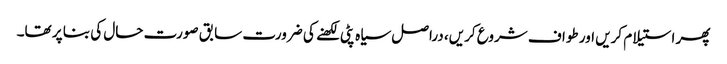
پھر استیلام کریں اور طواف شروع کریں، دراصل سیاہ پٹی لکھنے کی ضرورت سابق صورت حال کی بنا پر تھا۔